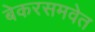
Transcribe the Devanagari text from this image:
बेकरसमवेत